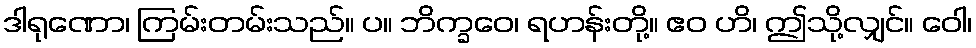
ဒါရုဏော၊ ကြမ်းတမ်းသည်။ ပ။ ဘိက္ခဝေ၊ ရဟန်းတို့။ ဧဝ ဟိ၊ ဤသို့လျှင်။ ဝေါ၊